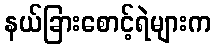
နယ်ခြားစောင့်ရဲများက